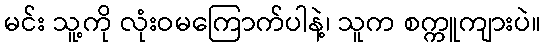
မင်း သူ့ကို လုံးဝမကြောက်ပါနဲ့၊ သူက စက္ကူကျားပဲ။